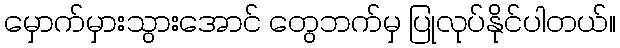
မှောက်မှားသွားအောင် တွေဘက်မှ ပြုလုပ်နိုင်ပါတယ်။